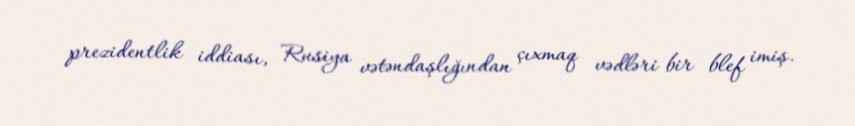
prezidentlik iddiası, Rusiya vətəndaşlığından çıxmaq vədləri bir blef imiş.